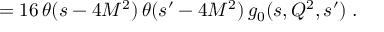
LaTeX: = 1 6 \, \theta ( s - 4 M ^ { 2 } ) \, \theta ( s ^ { \prime } - 4 M ^ { 2 } ) \, g _ { 0 } ( s , Q ^ { 2 } , s ^ { \prime } ) \; .